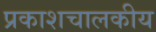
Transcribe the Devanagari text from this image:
प्रकाशचालकीय